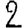
Digit: 2